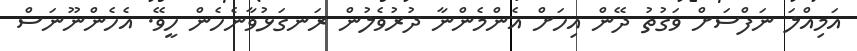
އަމިއްލަ ނަފްސަށް ވަގުތު ދޭން އިހަށް އެންމެންނާ ދުރުވެލުން ރަނގަޅުވާނެހެން ހީވޭ. އެހެންނޫނަސް